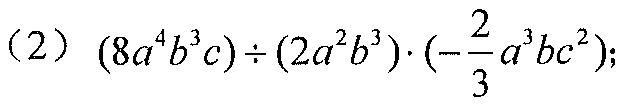
（2）\((8a^{4}b^{3}c)\div(2a^{2}b^{3})\cdot(-\frac{2}{3}a^{3}bc^{2})\);